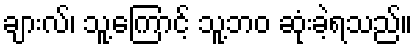
ချားလ်၊ သူ့ကြောင့် သူ့ဘဝ ဆုံးခဲ့ရသည်။